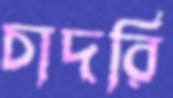
চাদরি